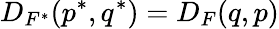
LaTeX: D_{F^{*}}(p^{*},q^{*})=D_{F}(q,p)